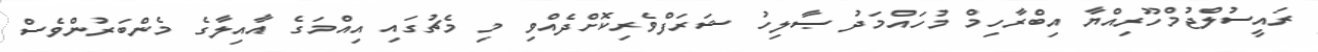
ރައީސުލްޖުމްހޫރިއްޔާ އިބްރާހިމް މުހައްމަދު ޞާލިހު ޝަރަފްވެރިކޮށްދެއްވި މި މެޗުގައި އިއްމަގެ އާއިލާގެ މެންބަރުންވެސް